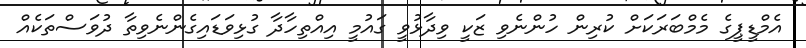
އެމްޑީޕީގެ މެމްބަރަކަށް ކުރިން ހުންނެވި ޒަކީ ވިދާޅުވީ ގައުމީ އިއްތިހާދާ ގުޅިވަޑައިގެންނެވިތާ ދުވަސްތަކެއް